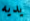
يديه